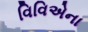
વિવિએના